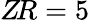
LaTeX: Z\! R=5